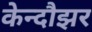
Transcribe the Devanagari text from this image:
केन्दौझर